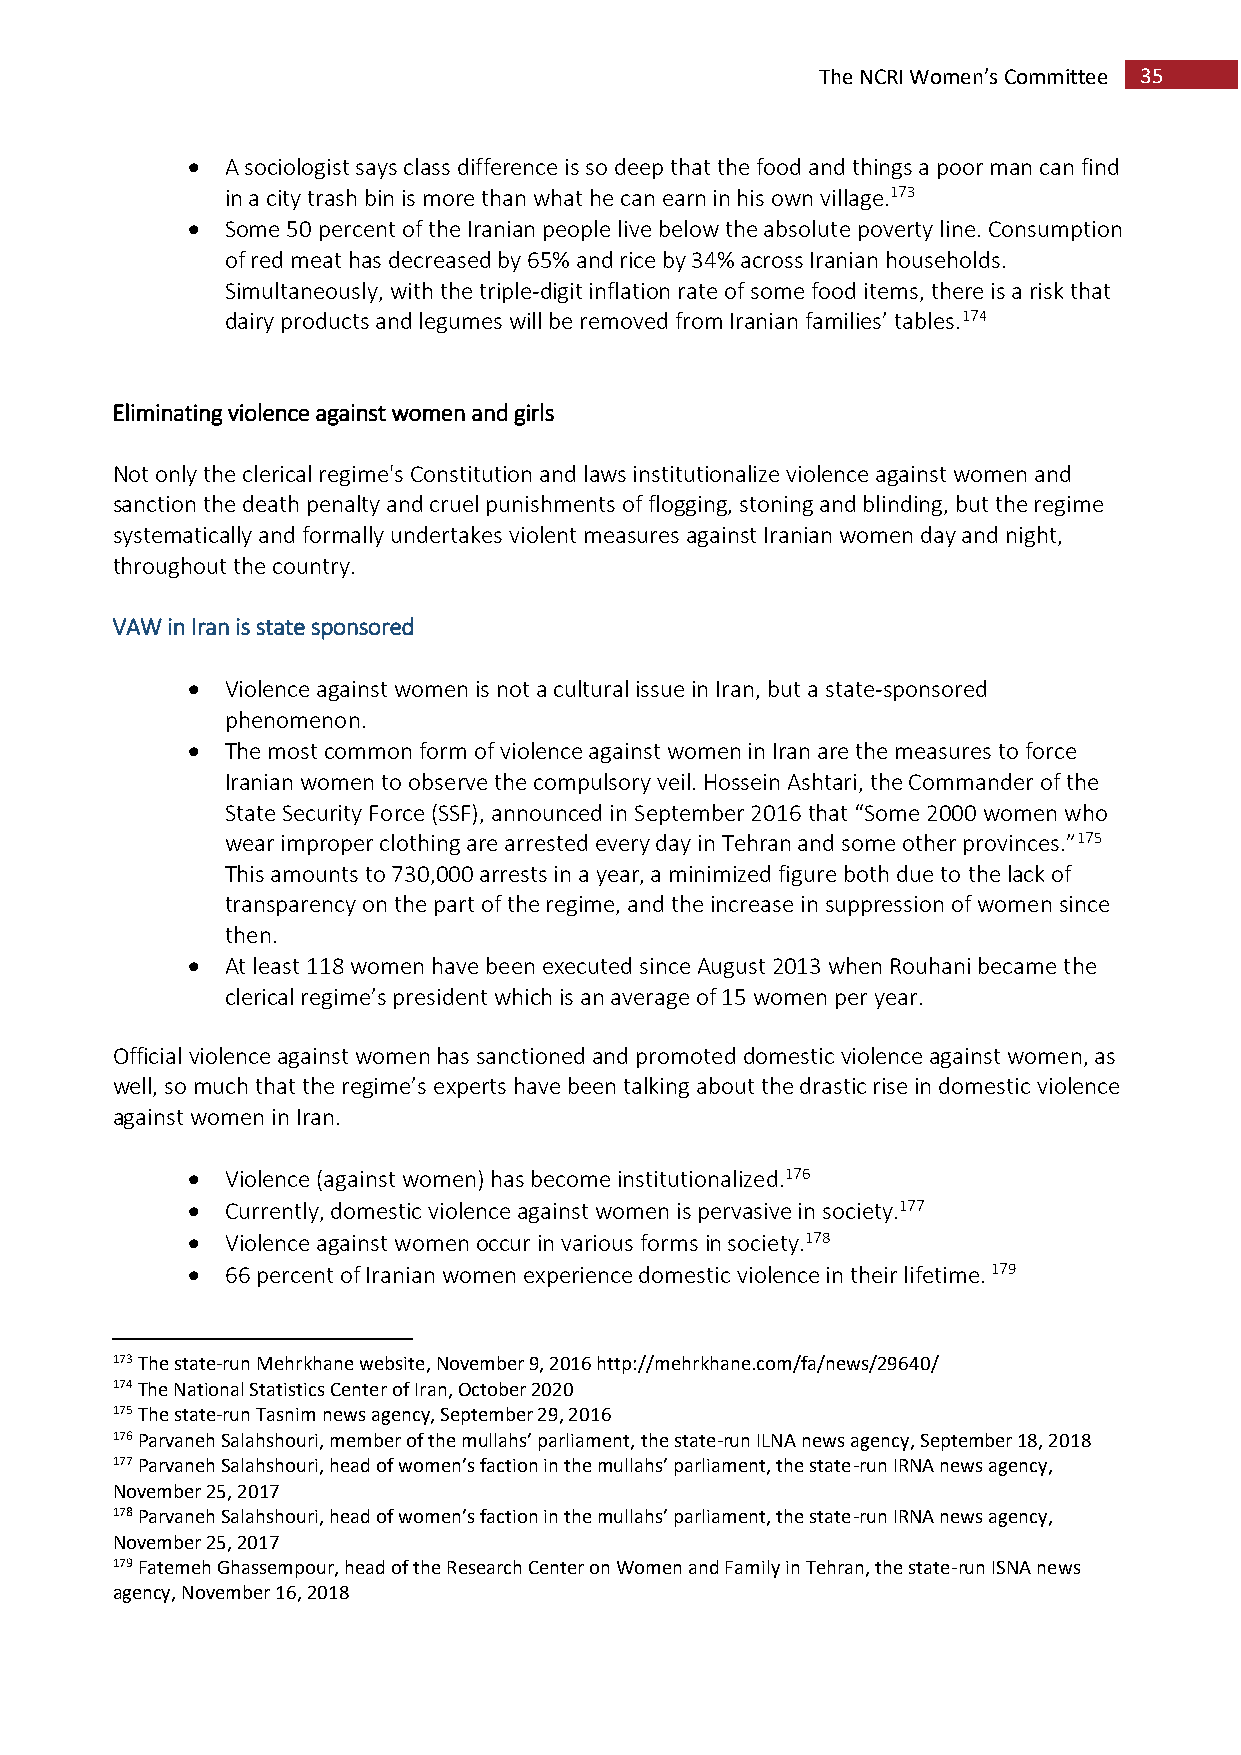
The NCRI Women’s Committee 35
   A sociologist says class difference is so deep that the food and things a poor man can find
 in a city trash bin is more than what he can earn in his own village.173
   Some 50 percent of the Iranian people live below the absolute poverty line. Consumption
 of red meat has decreased by 65% and rice by 34% across Iranian households.
 Simultaneously, with the triple-digit inflation rate of some food items, there is a risk that
 dairy products and legumes will be removed from Iranian families’ tables.174
 Eliminating violence against women and girls
 Not only the clerical regime's Constitution and laws institutionalize violence against women and
 sanction the death penalty and cruel punishments of flogging, stoning and blinding, but the regime
 systematically and formally undertakes violent measures against Iranian women day and night,
 throughout the country.
 VAW in Iran is state sponsored
   Violence against women is not a cultural issue in Iran, but a state-sponsored
 phenomenon.
   The most common form of violence against women in Iran are the measures to force
 Iranian women to observe the compulsory veil. Hossein Ashtari, the Commander of the
 State Security Force (SSF), announced in September 2016 that “Some 2000 women who
 wear improper clothing are arrested every day in Tehran and some other provinces.”175
 This amounts to 730,000 arrests in a year, a minimized figure both due to the lack of
 transparency on the part of the regime, and the increase in suppression of women since
 then.
   At least 118 women have been executed since August 2013 when Rouhani became the
 clerical regime’s president which is an average of 15 women per year.
 Official violence against women has sanctioned and promoted domestic violence against women, as
 well, so much that the regime’s experts have been talking about the drastic rise in domestic violence
 against women in Iran.
   Violence (against women) has become institutionalized.176
   Currently, domestic violence against women is pervasive in society.177
   Violence against women occur in various forms in society.178
   66 percent of Iranian women experience domestic violence in their lifetime. 179
 173 The state-run Mehrkhane website, November 9, 2016 http://mehrkhane.com/fa/news/29640/
 174 The National Statistics Center of Iran, October 2020
 175 The state-run Tasnim news agency, September 29, 2016
 176 Parvaneh Salahshouri, member of the mullahs’ parliament, the state-run ILNA news agency, September 18, 2018
 177 Parvaneh Salahshouri, head of women’s faction in the mullahs’ parliament, the state-run IRNA news agency,
 November 25, 2017
 178 Parvaneh Salahshouri, head of women’s faction in the mullahs’ parliament, the state-run IRNA news agency,
 November 25, 2017
 179 Fatemeh Ghassempour, head of the Research Center on Women and Family in Tehran, the state-run ISNA news
 agency, November 16, 2018